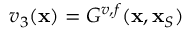
v _ { 3 } ( { \bf x } ) = G ^ { v , f } ( { \bf x } , { \bf x } _ { S } )